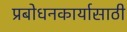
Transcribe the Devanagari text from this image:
प्रबोधनकार्यासाठी